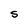
Character: S